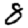
Digit: 8